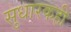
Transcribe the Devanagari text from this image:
सुधारकही